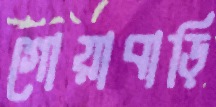
গোয়াবাড়ি